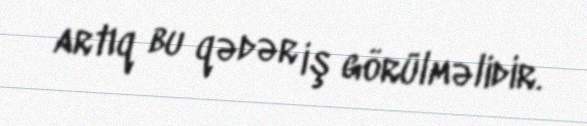
artıq bu qədər iş görülməlidir.